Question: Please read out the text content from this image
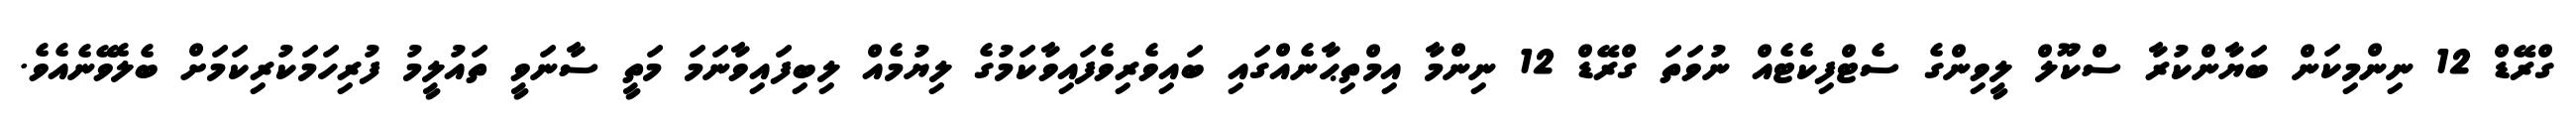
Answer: ގްރޭޑް 12 ނިންމިކަން ބަޔާންކުރާ ސްކޫލް ލީވިންގެ ސެޓްފިކެޓެއް ނުވަތަ ގްރޭޑް 12 ނިންމާ އިމްތިޙާނެއްގައި ބައިވެރިވެފައިވާކަމުގެ ލިޔުމެއް ލިބިފައިވާނަމަ މަތީ ސާނަވީ ތައުލީމު ފުރިހަމަކުރިކަމަށް ބެލެވޭނެއެވެ.